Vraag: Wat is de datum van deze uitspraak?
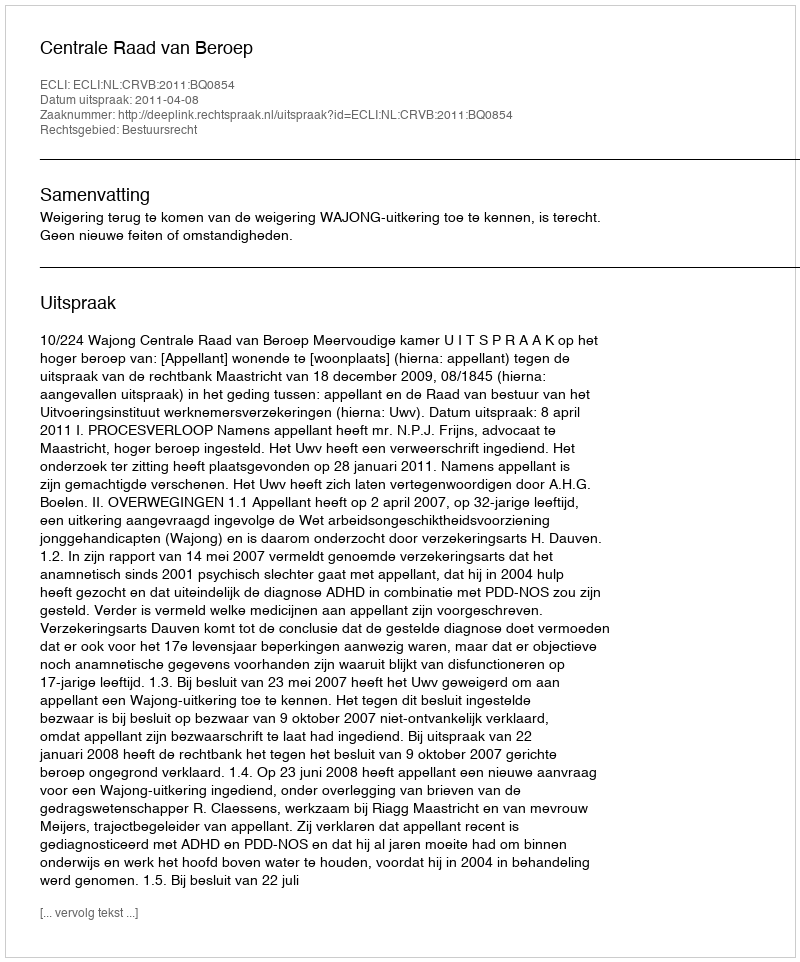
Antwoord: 2011-04-08